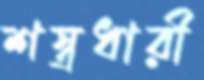
শস্ত্রধারী